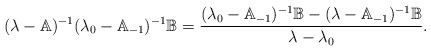
\begin{align*} (\lambda-\mathbb{A})^{-1}(\lambda_0-\mathbb{A}_{-1})^{-1}\mathbb{B}=\frac{(\lambda_0-\mathbb{A}_{-1})^{-1}\mathbb{B}-(\lambda-\mathbb{A}_{-1})^{-1}\mathbb{B}}{\lambda-\lambda_0}.\end{align*}